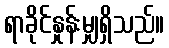
ရာခိုင်နှုန်းမျှရှိသည်။